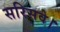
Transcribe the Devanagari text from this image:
सरिसवे।